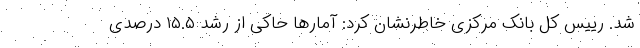
شد. رییس کل بانک مرکزی خاطرنشان کرد: آمارها حاکی از رشد ۱۵.۵ درصدی